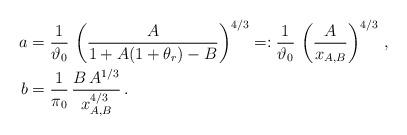
LaTeX: \begin{align*} \begin{aligned} a&= \frac 1 {\vartheta_0} \, \left( \frac {A } { 1 + A (1 + {\theta _r} ) -B}\right)^{ 4/3}=: \frac 1 {\vartheta_0} \, \left( \frac {A } {x_{A,B}}\right)^{ 4/3}\,, \\ b&= \frac 1 {\pi_0} \, \frac {B\, A^{1/3}} {x_{A,B}^{ 4/3}} \,. \end{aligned} \end{align*}